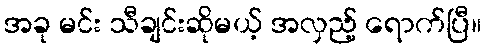
အခု မင်း သီချင်းဆိုမယ့် အလှည့် ရောက်ပြီ။